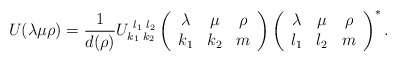
\begin{align*}U(\lambda\mu\rho)={1\over d(\rho)}U_{k_1\,\,k_2}^{\,\,l_1\,\,l_2}\left(\begin{array}{ccc} \lambda & \mu & \rho \\k_1 & k_2 & m \end{array} \right)\left( \begin{array}{ccc} \lambda & \mu & \rho \\l_1 & l_2 & m \end{array}\right)^{\ast}.\end{align*}